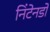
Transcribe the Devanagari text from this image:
निंटेनडो